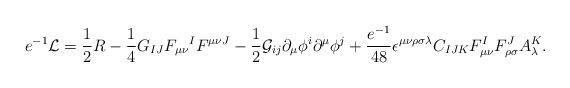
\begin{align*}e^{-1}\mathcal{L}=\frac{1}{2}R-{\frac{1}{4}}G_{IJ}F_{\mu \nu }{}^{I}F^{\mu\nu J}-\frac{1}{2}\mathcal{G}_{ij}\partial _{\mu }\phi ^{i}\partial ^{\mu}\phi ^{j}+{\frac{e^{-1}}{48}}\epsilon ^{\mu \nu \rho \sigma \lambda}C_{IJK}F_{\mu \nu }^{I}F_{\rho \sigma}^{J}A_{\lambda}^{K}.\end{align*}